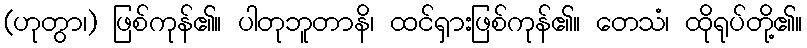
(ဟုတွာ၊) ဖြစ်ကုန်၏။ ပါတုဘူတာနိ၊ ထင်ရှားဖြစ်ကုန်၏။ တေသံ၊ ထိုရုပ်တို့၏။